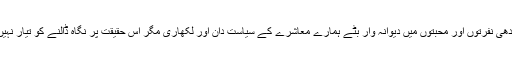
اندھی نفرتوں اور محبتوں میں دیوانہ وار بٹے ہمارے معاشرے کے سیاست دان اور لکھاری مگر اس حقیقت پر نگاہ ڈالنے کو تیار نہیں۔